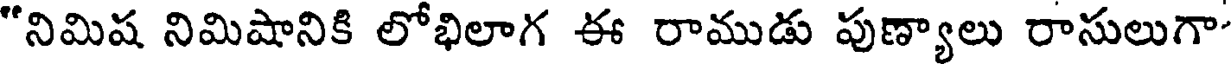
"నిమిష నిమిషానికి లోభిలాగ ఈ రాముడు పుణ్యాలు రాసులుగా